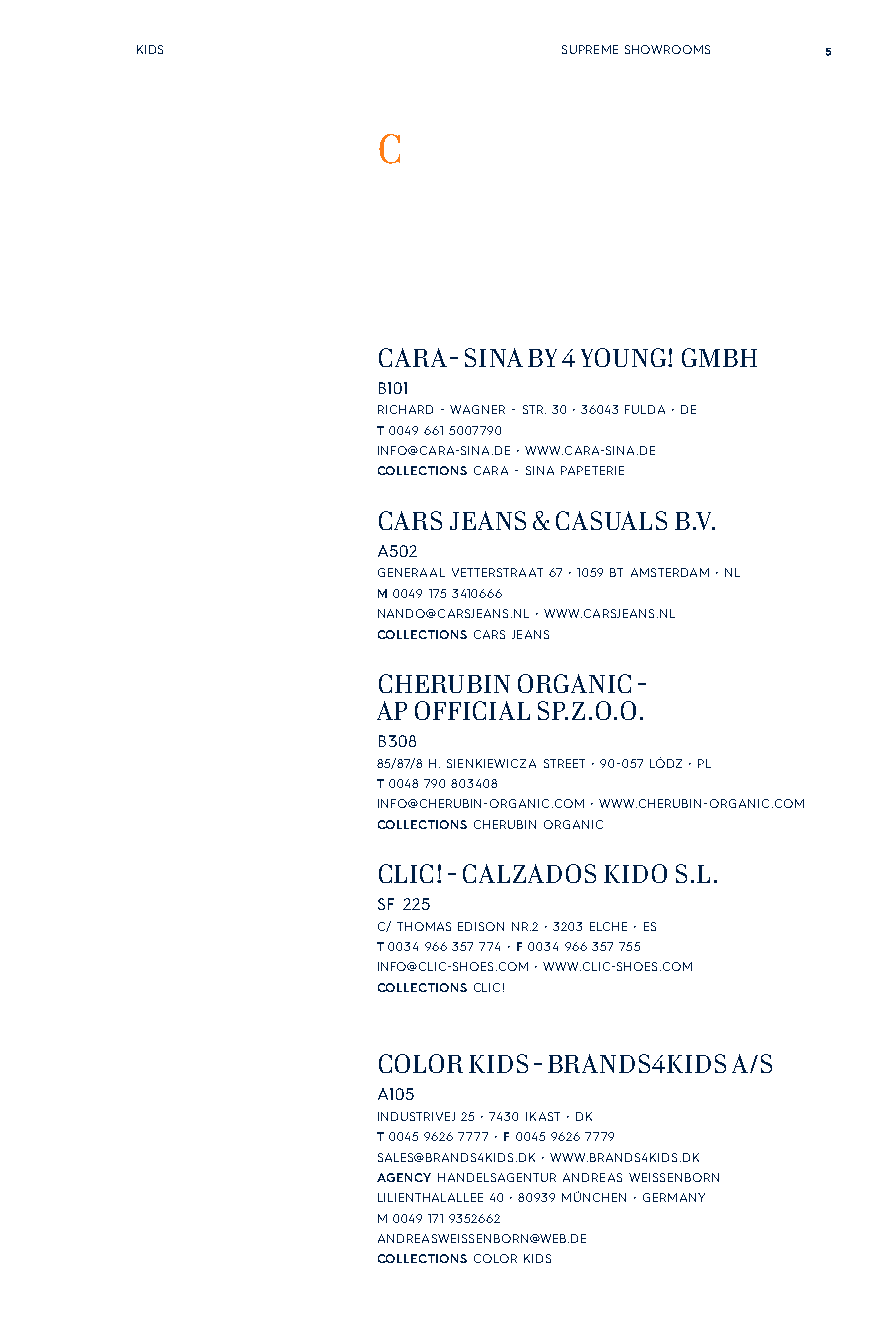
KIDS                        SUPREME SHOWROOMS 5
 C
 CARA - SINA BY 4 YOUNG! GMBH
 B101
 RICHARD - WAGNER - STR. 30 • 36043 FULDA • DE
 T 0049 661 5007790
 INFO@CARA-SINA.DE • WWW.CARA-SINA.DE
 COLLECTIONS CARA - SINA PAPETERIE
 CARS JEANS & CASUALS B.V.
 A502
 GENERAAL VETTERSTRAAT 67 • 1059 BT AMSTERDAM • NL
 M 0049 175 3410666
 NANDO@CARSJEANS.NL • WWW.CARSJEANS.NL
 COLLECTIONS CARS JEANS
 CHERUBIN ORGANIC -
 AP OFFICIAL SP.Z.O.O.
 B308
 85/87/8 H. SIENKIEWICZA STREET • 90-057 LÓDZ • PL
 T 0048 790 803408
 INFO@CHERUBIN-ORGANIC.COM • WWW.CHERUBIN-ORGANIC.COM
 COLLECTIONS CHERUBIN ORGANIC
 CLIC! - CALZADOS KIDO S.L.
 SF 225
 C/ THOMAS EDISON NR.2 • 3203 ELCHE • ES
 T 0034 966 357 774 • F 0034 966 357 755
 INFO@CLIC-SHOES.COM • WWW.CLIC-SHOES.COM
 COLLECTIONS CLIC!
 COLOR KIDS - BRANDS4KIDS A/S
 A105
 INDUSTRIVEJ 25 • 7430 IKAST • DK
 T 0045 9626 7777 • F 0045 9626 7779
 SALES@BRANDS4KIDS.DK • WWW.BRANDS4KIDS.DK
 AGENCY HANDELSAGENTUR ANDREAS WEISSENBORN
 LILIENTHALALLEE 40 • 80939 MÜNCHEN • GERMANY
 M 0049 171 9352662
 ANDREASWEISSENBORN@WEB.DE
 COLLECTIONS COLOR KIDS